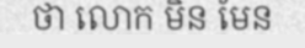
ថា លោក មិន មែន